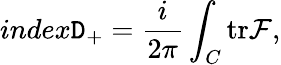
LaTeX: index\mathtt{D}_{+}=\frac{{i}}{{2\pi}}\int_{C}{\mathrm{{tr}}{\cal{F}}},